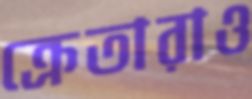
ক্রেতারাও